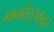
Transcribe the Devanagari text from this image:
माक्रोस्ट्रकचर